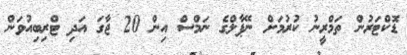
ޑޮކްޓަރުން ތަމްރީނު ކުރުމަށް ނޭޕާލްގެ ނަމްސް އިން 20 ޖާގަ އަދި ޓްރިބިއުވަން